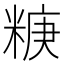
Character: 𥺧